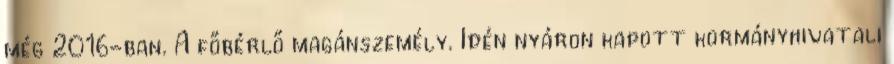
még 2016-ban. A főbérlő magánszemély. Idén nyáron kapott kormányhivatali